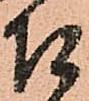
召